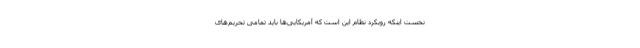
نخست اینکه رویکرد نظام این است که آمریکایی‌ها باید تمامی تحریم‌های